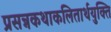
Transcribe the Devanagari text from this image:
प्रसन्नकथाकलितार्थयुक्ति